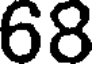
68